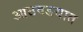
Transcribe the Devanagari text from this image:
आठवडयात